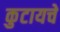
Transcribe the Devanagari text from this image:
कुटायचे